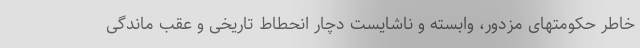
خاطر حکومتهای مزدور، وابسته و ناشایست دچار انحطاط تاریخی و عقب ماندگی